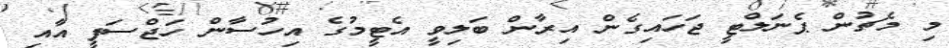
މި މެޗުން ޕެނަލްޓީ ޖަހައިގެން އިރާން ބަލިވީ އެޓީމުގެ އިހުސާން ހަޖްސަފީ އާއި